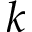
k